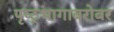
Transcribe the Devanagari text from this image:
पृष्ठ्भागाबरोबर